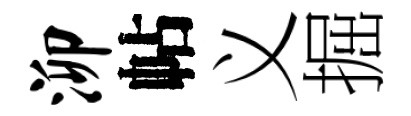
泖帖义掘